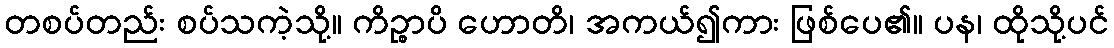
တစပ်တည်း စပ်သကဲ့သို့။ ကိဉ္စာပိ ဟောတိ၊ အကယ်၍ကား ဖြစ်ပေ၏။ ပန၊ ထိုသို့ပင်